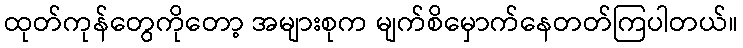
ထုတ်ကုန်တွေကိုတော့ အများစုက မျက်စိမှောက်နေတတ်ကြပါတယ်။